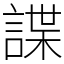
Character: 諜